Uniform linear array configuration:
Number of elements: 24
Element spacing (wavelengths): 0.5
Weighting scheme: exponential
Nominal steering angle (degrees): -60
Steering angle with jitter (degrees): -61.315
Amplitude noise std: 0.05
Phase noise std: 0.05

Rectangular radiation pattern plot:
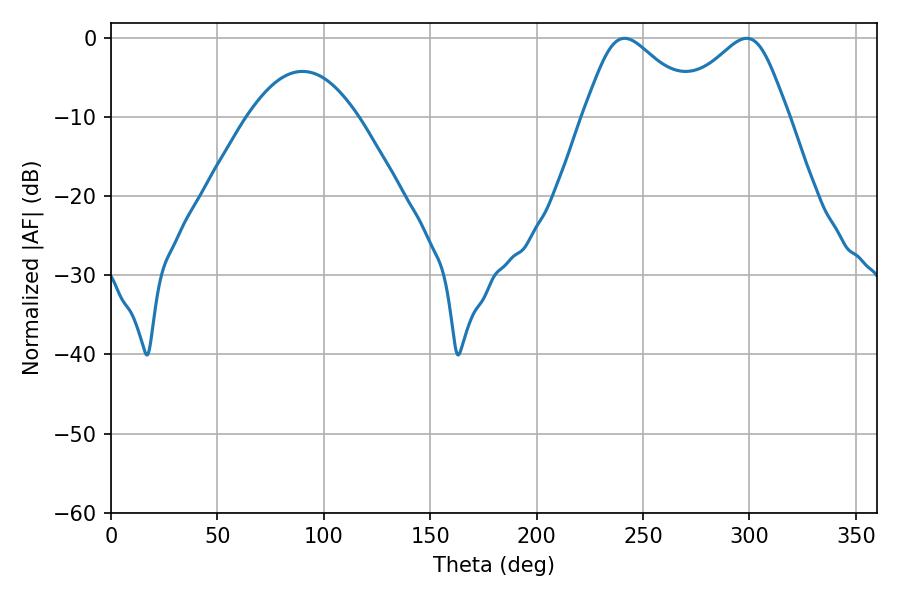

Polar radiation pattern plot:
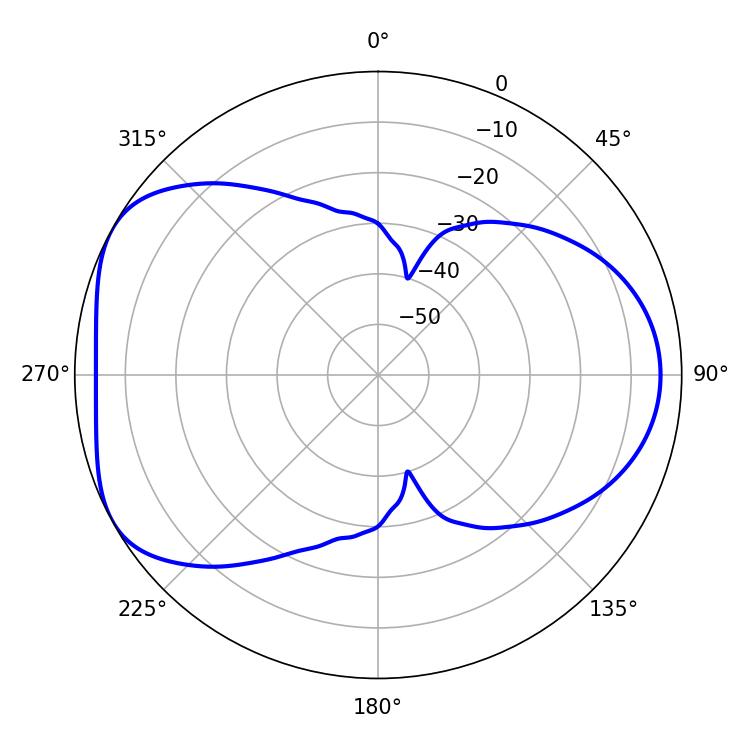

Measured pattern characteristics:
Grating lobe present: FALSE
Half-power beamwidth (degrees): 27
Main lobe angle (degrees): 241.38